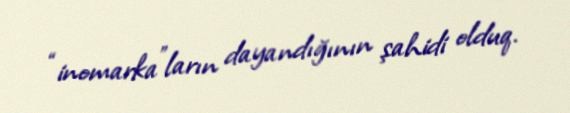
“inomarka”ların dayandığının şahidi olduq.